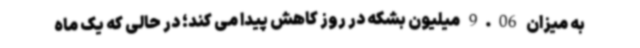
به میزان 9.06 میلیون بشکه در روز کاهش پیدا می کند؛ در حالی که یک ماه